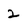
Character: 2